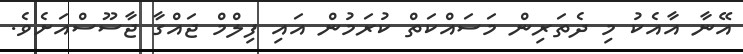
އޭނާ އާއެކު މި ދެތަރިން މަސައްކަތް ކުރަމުން އައި ފިލްމް ޖައްގާ ޖާސޫސްއަށެވެ.